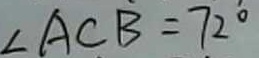
\angle A C B = 7 2 ^ { \circ }